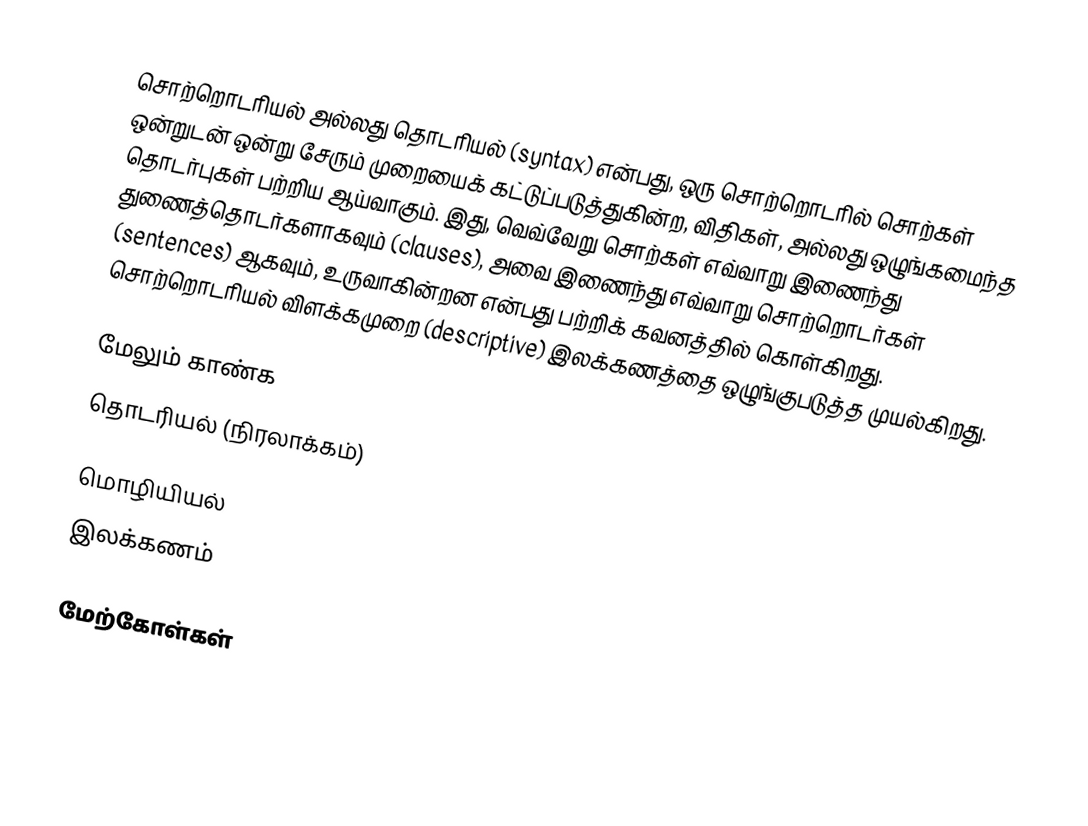
சொற்றொடரியல் அல்லது தொடரியல் (syntax) என்பது, ஒரு சொற்றொடரில் சொற்கள் ஒன்றுடன் ஒன்று சேரும் முறையைக் கட்டுப்படுத்துகின்ற, விதிகள், அல்லது ஒழுங்கமைந்த தொடர்புகள் பற்றிய ஆய்வாகும். இது, வெவ்வேறு சொற்கள் எவ்வாறு இணைந்து துணைத்தொடர்களாகவும் (clauses), அவை இணைந்து எவ்வாறு சொற்றொடர்கள் (sentences) ஆகவும், உருவாகின்றன என்பது பற்றிக் கவனத்தில் கொள்கிறது. சொற்றொடரியல் விளக்கமுறை (descriptive) இலக்கணத்தை ஒழுங்குபடுத்த முயல்கிறது.

மேலும் காண்க
 தொடரியல் (நிரலாக்கம்)

மொழியியல்
இலக்கணம்

மேற்கோள்கள்